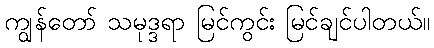
ကျွန်တော် သမုဒ္ဒရာ မြင်ကွင်း မြင်ချင်ပါတယ်။